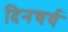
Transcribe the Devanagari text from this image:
दिनचर्य